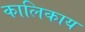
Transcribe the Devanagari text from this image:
कालिकाय